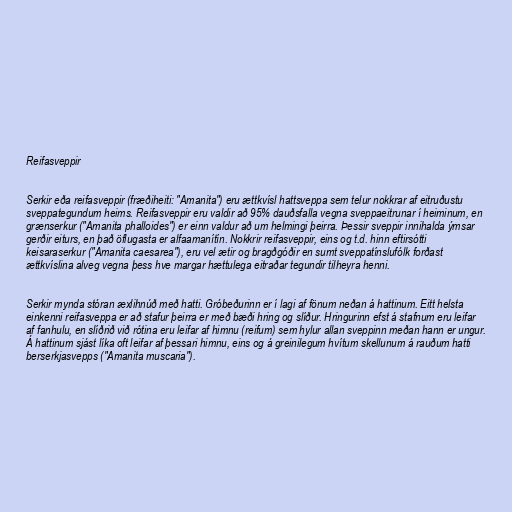
Reifasveppir

Serkir eða reifasveppir (fræðiheiti: "Amanita") eru ættkvísl hattsveppa sem telur nokkrar af eitruðustu
sveppategundum heims. Reifasveppir eru valdir að 95% dauðsfalla vegna sveppaeitrunar í heiminum, en
grænserkur ("Amanita phalloides") er einn valdur að um helmingi þeirra. Þessir sveppir innihalda ýmsar
gerðir eiturs, en það öflugasta er alfaamanítín. Nokkrir reifasveppir, eins og t.d. hinn eftirsótti
keisaraserkur ("Amanita caesarea"), eru vel ætir og bragðgóðir en sumt sveppatínslufólk forðast
ættkvíslina alveg vegna þess hve margar hættulega eitraðar tegundir tilheyra henni.

Serkir mynda stóran æxlihnúð með hatti. Gróbeðurinn er í lagi af fönum neðan á hattinum. Eitt helsta
einkenni reifasveppa er að stafur þeirra er með bæði hring og slíður. Hringurinn efst á stafnum eru leifar
af fanhulu, en slíðrið við rótina eru leifar af himnu (reifum) sem hylur allan sveppinn meðan hann er ungur.
Á hattinum sjást líka oft leifar af þessari himnu, eins og á greinilegum hvítum skellunum á rauðum hatti
berserkjasvepps ("Amanita muscaria").